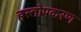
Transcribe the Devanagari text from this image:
हस्तोपकरण